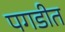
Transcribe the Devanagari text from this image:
पगडीत